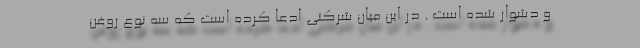
و دشوار شده است . در این میان شرکتی ادعا کرده است که سه نوع روغن